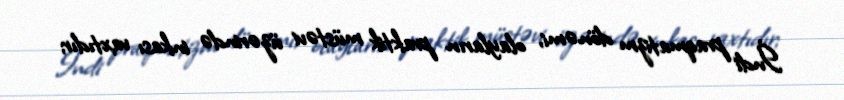
İndi praqmatizm dönəmi, olayların praktik müstəvi üzərində inkası vaxtıdır;